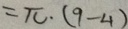
= \pi \cdot ( 9 - 4 )